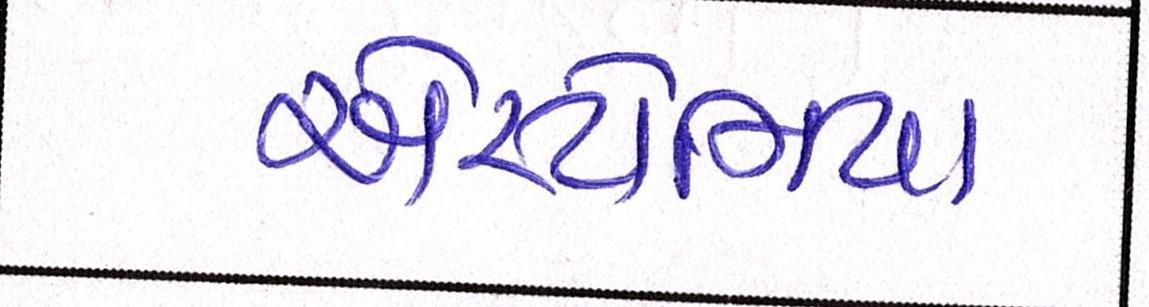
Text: એસ્ટોનિયા